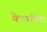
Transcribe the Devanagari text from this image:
केटरपिलर